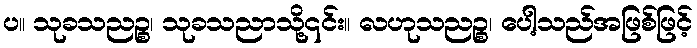
ပ။ သုခသညဉ္စ၊ သုခသညာသို့၎င်း။ လဟုသညဉ္စ၊ ပေါ့သည်အဖြစ်ဖြင့်